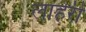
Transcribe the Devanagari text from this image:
लाहेरी